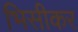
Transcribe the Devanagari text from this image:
भिसीकर